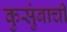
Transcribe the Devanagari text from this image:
कुसुंबाची